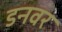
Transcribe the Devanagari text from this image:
डनवर